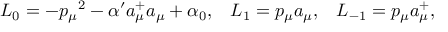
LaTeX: L _ { 0 } = - { p _ { \mu } } ^ { 2 } - \alpha ^ { \prime } a _ { \mu } ^ { + } a _ { \mu } + \alpha _ { 0 } , \; \; \; L _ { 1 } = p _ { \mu } a _ { \mu } , \; \; \; L _ { - 1 } = p _ { \mu } a _ { \mu } ^ { + } ,